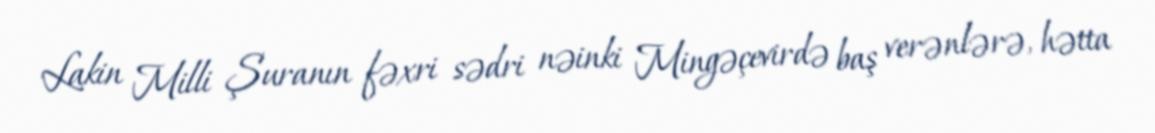
Lakin Milli Şuranın fəxri sədri nəinki Mingəçevirdə baş verənlərə, hətta